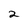
Character: 2